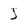
Character: J